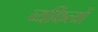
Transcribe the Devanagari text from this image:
व्यकित्यों